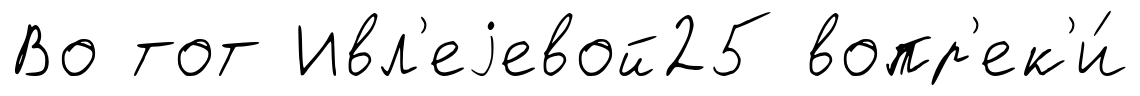
Во тот Ивл'еjевой25 вопр'ек'и́